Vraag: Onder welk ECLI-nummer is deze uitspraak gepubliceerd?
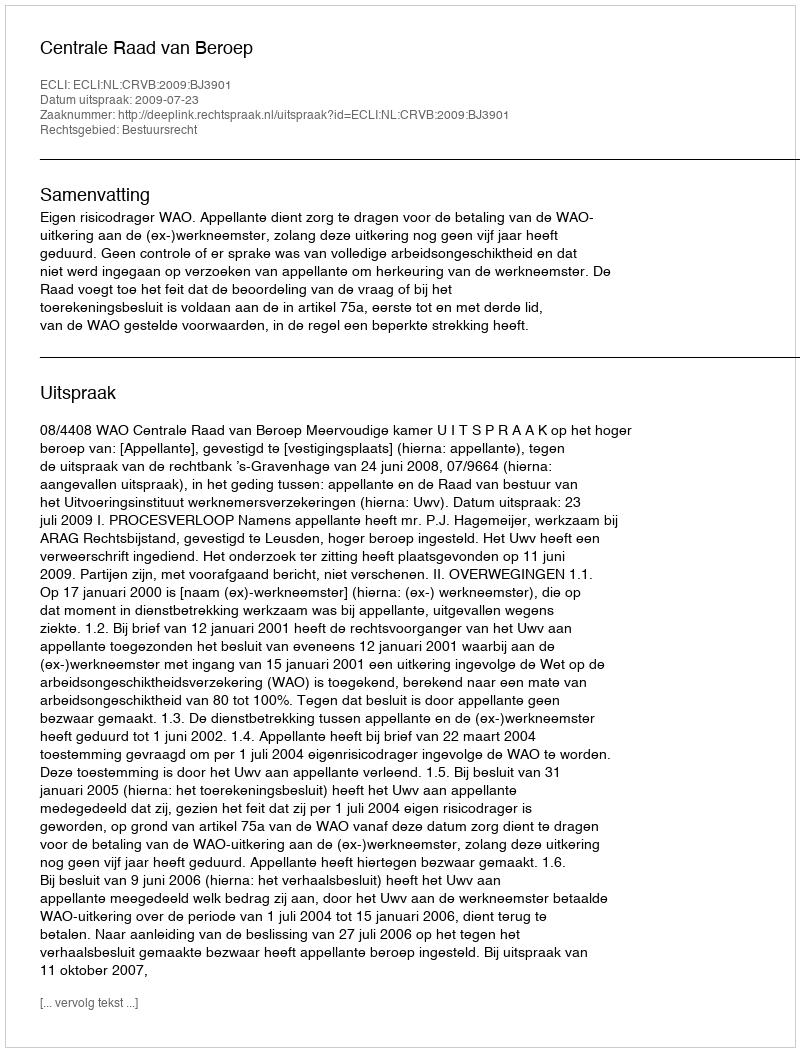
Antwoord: ECLI:NL:CRVB:2009:BJ3901